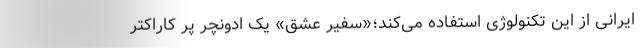
ایرانی از این تکنولوژی استفاده می‌کند؛«سفیر عشق» یک ادونچر پُر کاراکتر